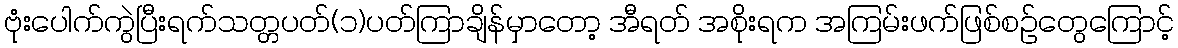
ဗုံးပေါက်ကွဲပြီးရက်သတ္တပတ်(၁)ပတ်ကြာချိန်မှာတော့ အီရတ် အစိုးရက အကြမ်းဖက်ဖြစ်စဉ်တွေကြောင့်